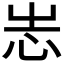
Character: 𢗍